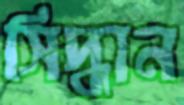
সিদ্ধান